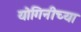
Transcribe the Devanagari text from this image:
योगिनीच्या